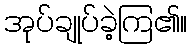
အုပ်ချုပ်ခဲ့ကြ၏။